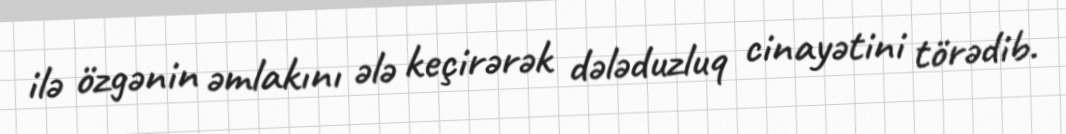
ilə özgənin əmlakını ələ keçirərək dələduzluq cinayətini törədib.